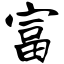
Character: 富